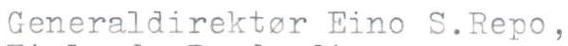
Generaldirektor Eino S.Repo,